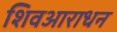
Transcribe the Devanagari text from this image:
शिवआराधन